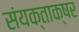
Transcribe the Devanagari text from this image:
संयक्ताक्षर